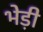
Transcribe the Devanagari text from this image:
भेड़ी